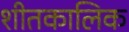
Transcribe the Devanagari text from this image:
शीतकालिक